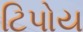
ટિપોય